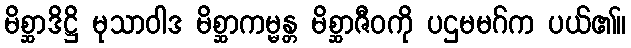
မိစ္ဆာဒိဋ္ဌိ မုသာဝါဒ မိစ္ဆာကမ္မန္တ မိစ္ဆာဇီဝကို ပဌမမဂ်က ပယ်၏။